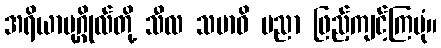
အရိယာပုဂ္ဂိုလ်တို့ သီလ သမာဓိ ပညာ ဖြည့်ကျင့်ကြပုံ။